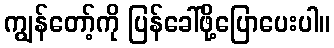
ကျွန်တော့်ကို ပြန်ခေါ်ဖို့ပြောပေးပါ။